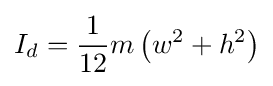
I_{d}={\frac {1}{12}}m\left(w^{2}+h^{2}\right)